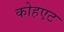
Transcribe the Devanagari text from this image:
कोहएट